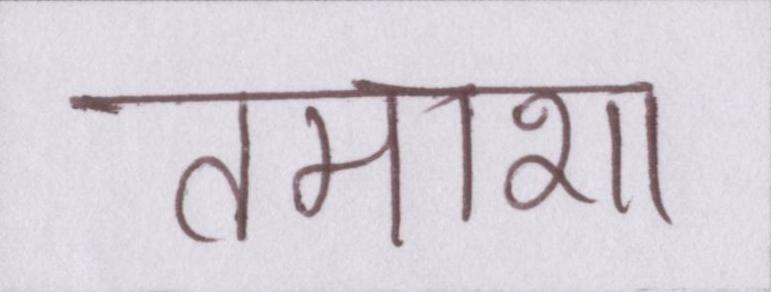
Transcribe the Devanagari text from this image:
तमाशा